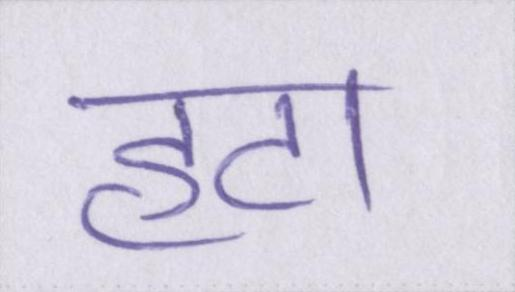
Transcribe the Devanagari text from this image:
हटा